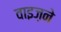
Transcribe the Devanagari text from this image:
वाइज़ने